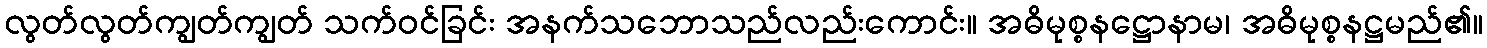
လွတ်လွတ်ကျွတ်ကျွတ် သက်ဝင်ခြင်း အနက်သဘောသည်လည်းကောင်း။ အဓိမုစ္စနဋ္ဌောနာမ၊ အဓိမုစ္စနဋ္ဌမည်၏။